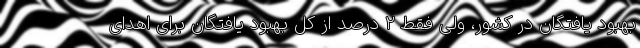
بهبود یافتگان در کشور، ولی فقط ۲ درصد از کل بهبود یافتگان برای اهدای